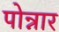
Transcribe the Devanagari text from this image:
पोन्नार